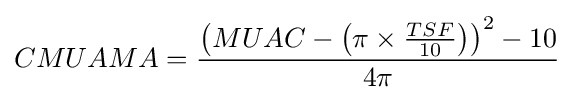
CMUAMA={\frac {\left(MUAC-\left(\pi \times {\frac {TSF}{10}}\right)\right)^{2}-10}{4\pi }}